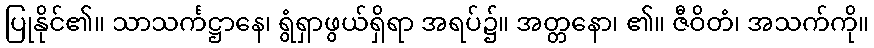
ပြုနိုင်၏။ သာသင်္ကဋ္ဌာနေ၊ ရွံရှာဖွယ်ရှိရာ အရပ်၌။ အတ္တနော၊ ၏။ ဇီဝိတံ၊ အသက်ကို။